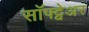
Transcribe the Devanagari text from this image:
सॉफ्ट्वेअर